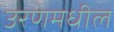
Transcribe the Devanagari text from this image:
उरणमधील